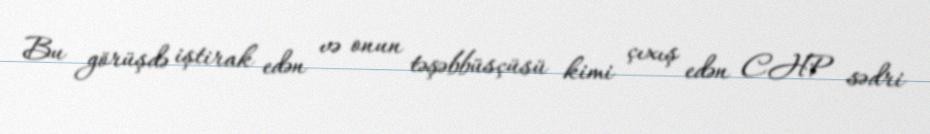
Bu görüşdə iştirak edən və onun təşəbbüsçüsü kimi çıxış edən CHP sədri